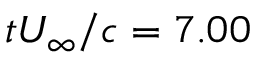
t U _ { \infty } / c = 7 . 0 0